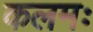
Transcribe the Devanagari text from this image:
कलमः